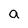
Character: a